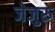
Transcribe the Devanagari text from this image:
जेजुरु